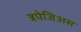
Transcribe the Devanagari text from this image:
त्रपेजिअस